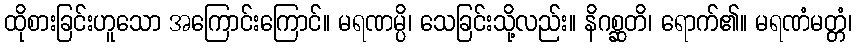
ထိုစားခြင်းဟူသော အကြောင်းကြောင်။ မရဏမ္ပိ၊ သေခြင်းသို့လည်း။ နိဂစ္ဆတိ၊ ရောက်၏။ မရဏံမတ္တံ၊